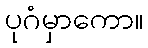
ပုဂံမှာကော။